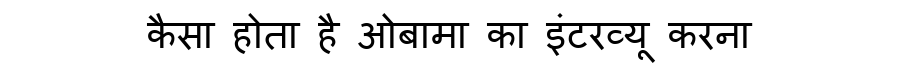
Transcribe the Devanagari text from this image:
कैसा होता है ओबामा का इंटरव्यू करना